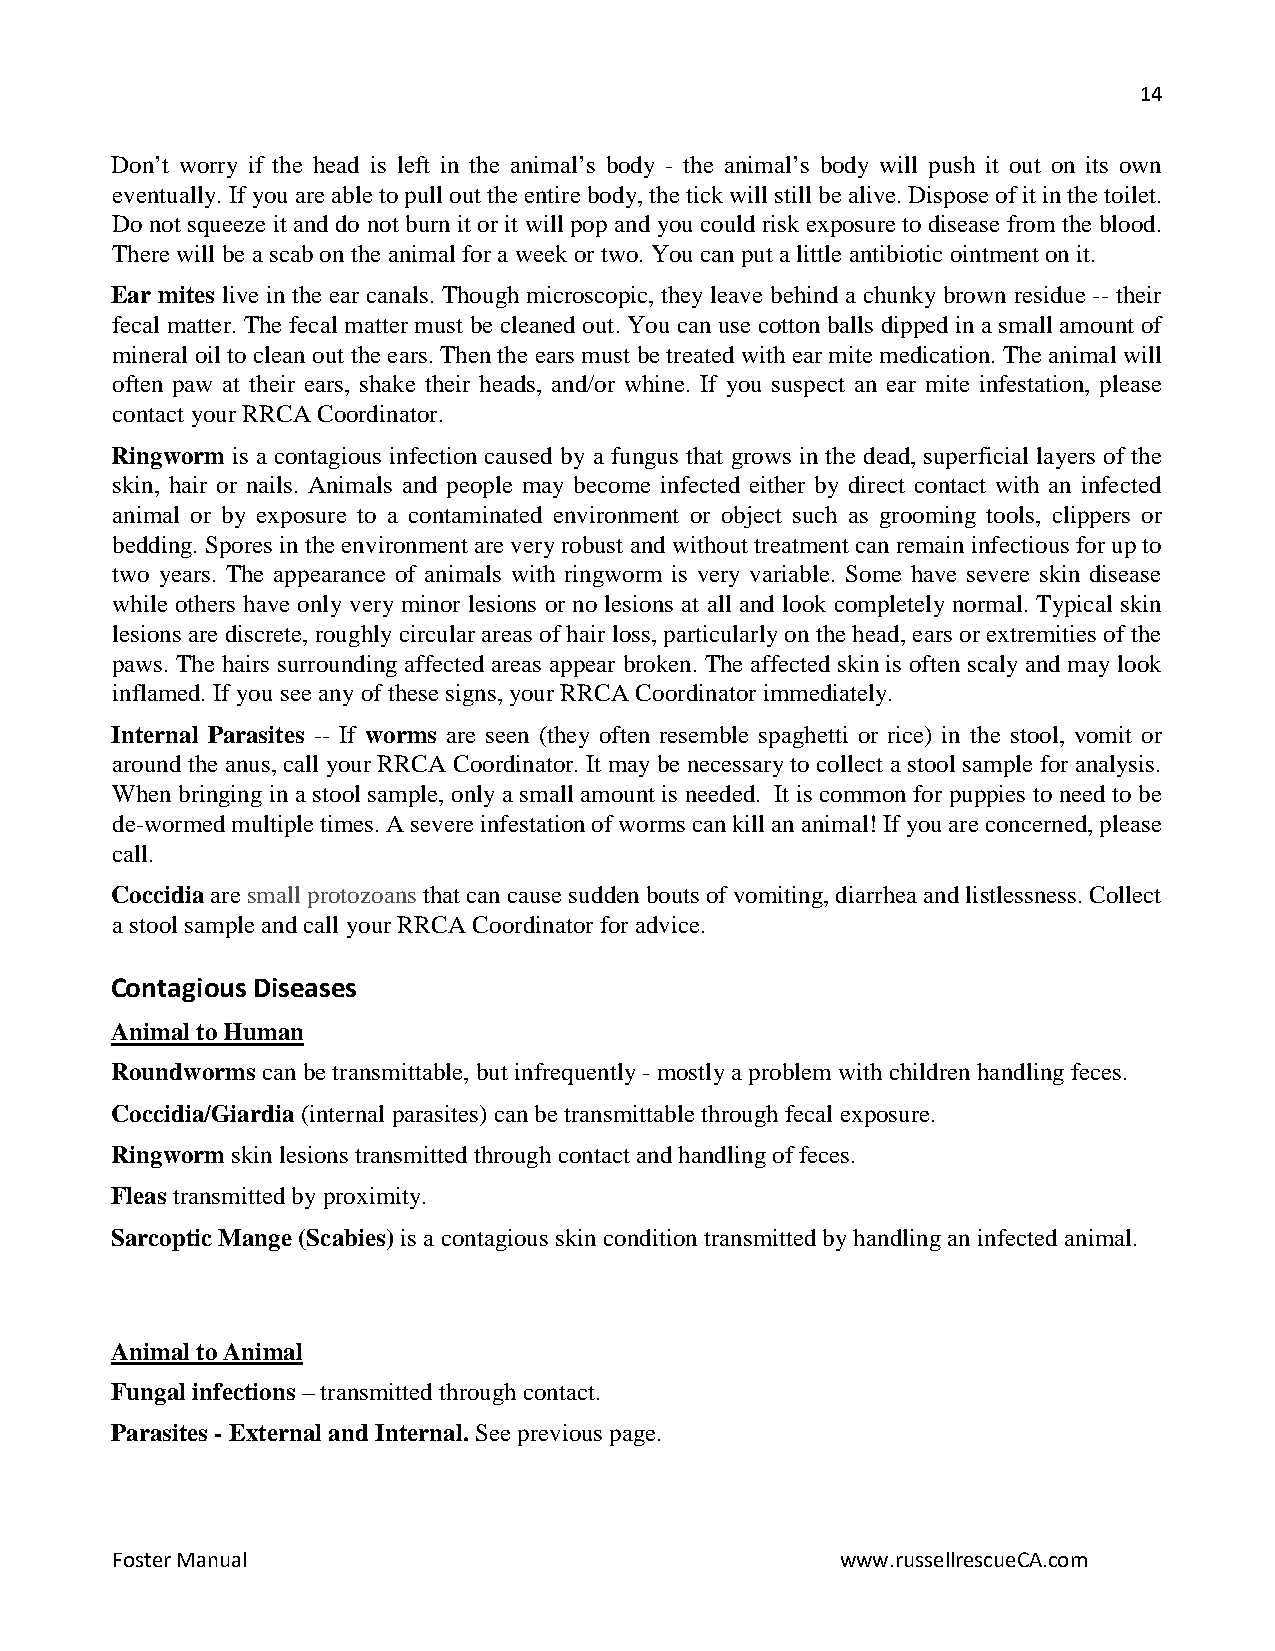
14
 Don’t worry if the head is left in the animal’s body - the animal’s body will push it out on its own
 eventually. If you are able to pull out the entire body, the tick will still be alive. Dispose of it in the toilet.
 Do not squeeze it and do not burn it or it will pop and you could risk exposure to disease from the blood.
 There will be a scab on the animal for a week or two. You can put a little antibiotic ointment on it.
 Ear mites live in the ear canals. Though microscopic, they leave behind a chunky brown residue -- their
 fecal matter. The fecal matter must be cleaned out. You can use cotton balls dipped in a small amount of
 mineral oil to clean out the ears. Then the ears must be treated with ear mite medication. The animal will
 often paw at their ears, shake their heads, and/or whine. If you suspect an ear mite infestation, please
 contact your RRCA Coordinator.
 Ringworm is a contagious infection caused by a fungus that grows in the dead, superficial layers of the
 skin, hair or nails. Animals and people may become infected either by direct contact with an infected
 animal or by exposure to a contaminated environment or object such as grooming tools, clippers or
 bedding. Spores in the environment are very robust and without treatment can remain infectious for up to
 two years. The appearance of animals with ringworm is very variable. Some have severe skin disease
 while others have only very minor lesions or no lesions at all and look completely normal. Typical skin
 lesions are discrete, roughly circular areas of hair loss, particularly on the head, ears or extremities of the
 paws. The hairs surrounding affected areas appear broken. The affected skin is often scaly and may look
 inflamed. If you see any of these signs, your RRCA Coordinator immediately.
 Internal Parasites -- If worms are seen (they often resemble spaghetti or rice) in the stool, vomit or
 around the anus, call your RRCA Coordinator. It may be necessary to collect a stool sample for analysis.
 When bringing in a stool sample, only a small amount is needed. It is common for puppies to need to be
 de-wormed multiple times. A severe infestation of worms can kill an animal! If you are concerned, please
 call.
 Coccidia are small protozoans that can cause sudden bouts of vomiting, diarrhea and listlessness. Collect
 a stool sample and call your RRCA Coordinator for advice.
 Contagious Diseases
 Animal to Human
 Roundworms can be transmittable, but infrequently - mostly a problem with children handling feces.
 Coccidia/Giardia (internal parasites) can be transmittable through fecal exposure.
 Ringworm skin lesions transmitted through contact and handling of feces.
 Fleas transmitted by proximity.
 Sarcoptic Mange (Scabies) is a contagious skin condition transmitted by handling an infected animal.
 Animal to Animal
 Fungal infections – transmitted through contact.
 Parasites - External and Internal. See previous page.
 Foster Manual                                    www.russellrescueCA.com